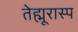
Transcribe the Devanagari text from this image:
तेह्मूरास्प